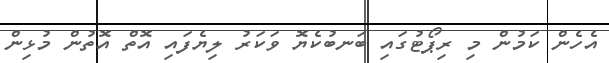
އެހެން ކަމުން މި ރިޕޯޓުގައި ބަނބުކެޔޮ ވަކަރު ލިޔެފައި އޮތް އޮތުން މުޅިން